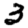
Digit: 3